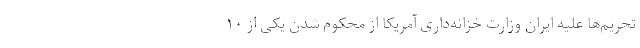
تحریم‌ها علیه ایران وزارت خزانه‌داری آمریکا از محکوم شدن یکی از ۱۰